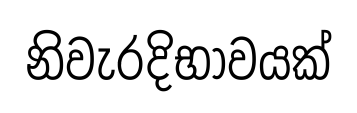
නිවැරදිභාවයක්